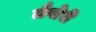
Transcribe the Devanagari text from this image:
लैबोरी